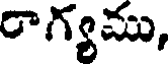
రాగ్యము,